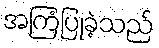
အကြံပြုခဲ့သည်